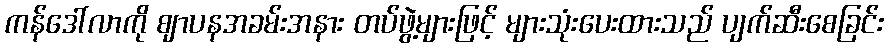
ကန်ဒေါ်လာကို ဈာပနအခမ်းအနား တပ်ဖွဲ့များဖြင့် များသုံးပေးထားသည် ပျက်ဆီးစေခြင်း